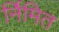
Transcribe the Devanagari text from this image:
र्निमित